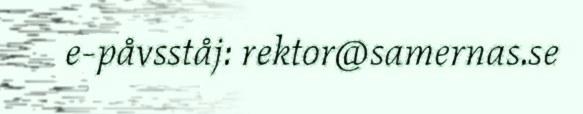
e-påvsståj: rektor@samernas.se